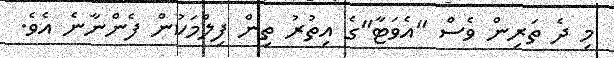
މި ދެ ތަރިން ވެސް "އެވަޓާ"ގެ އިތުރު ތިން ފިލްމަކުން ފެންނާނެ އެވެ.